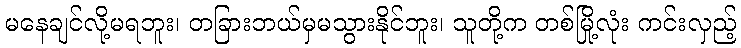
မနေချင်လို့မရဘူး၊ တခြားဘယ်မှမသွားနိုင်ဘူး၊ သူတို့က တစ်မြို့လုံး ကင်းလှည့်